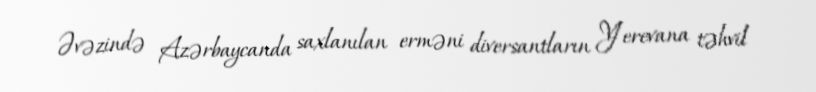
Əvəzində Azərbaycanda saxlanılan erməni diversantların Yerevana təhvil